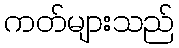
ကတ်များသည်